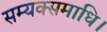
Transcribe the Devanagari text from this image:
सम्यक्समाधि।